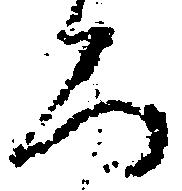
ろ